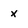
Character: x